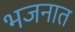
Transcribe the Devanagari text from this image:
भजनात